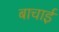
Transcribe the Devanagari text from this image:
बाचाई